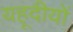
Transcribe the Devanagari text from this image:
यहूदीयों